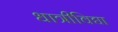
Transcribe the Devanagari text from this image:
धात्रीविद्या